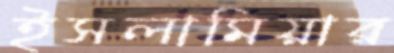
ইসলামিয়ার